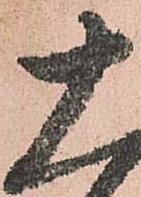
十